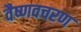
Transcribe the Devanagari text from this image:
वैष्णवचरण